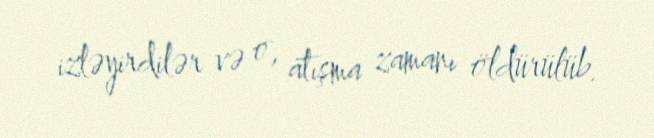
izləyirdilər və o, atışma zamanı öldürülüb.